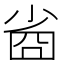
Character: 𡮀